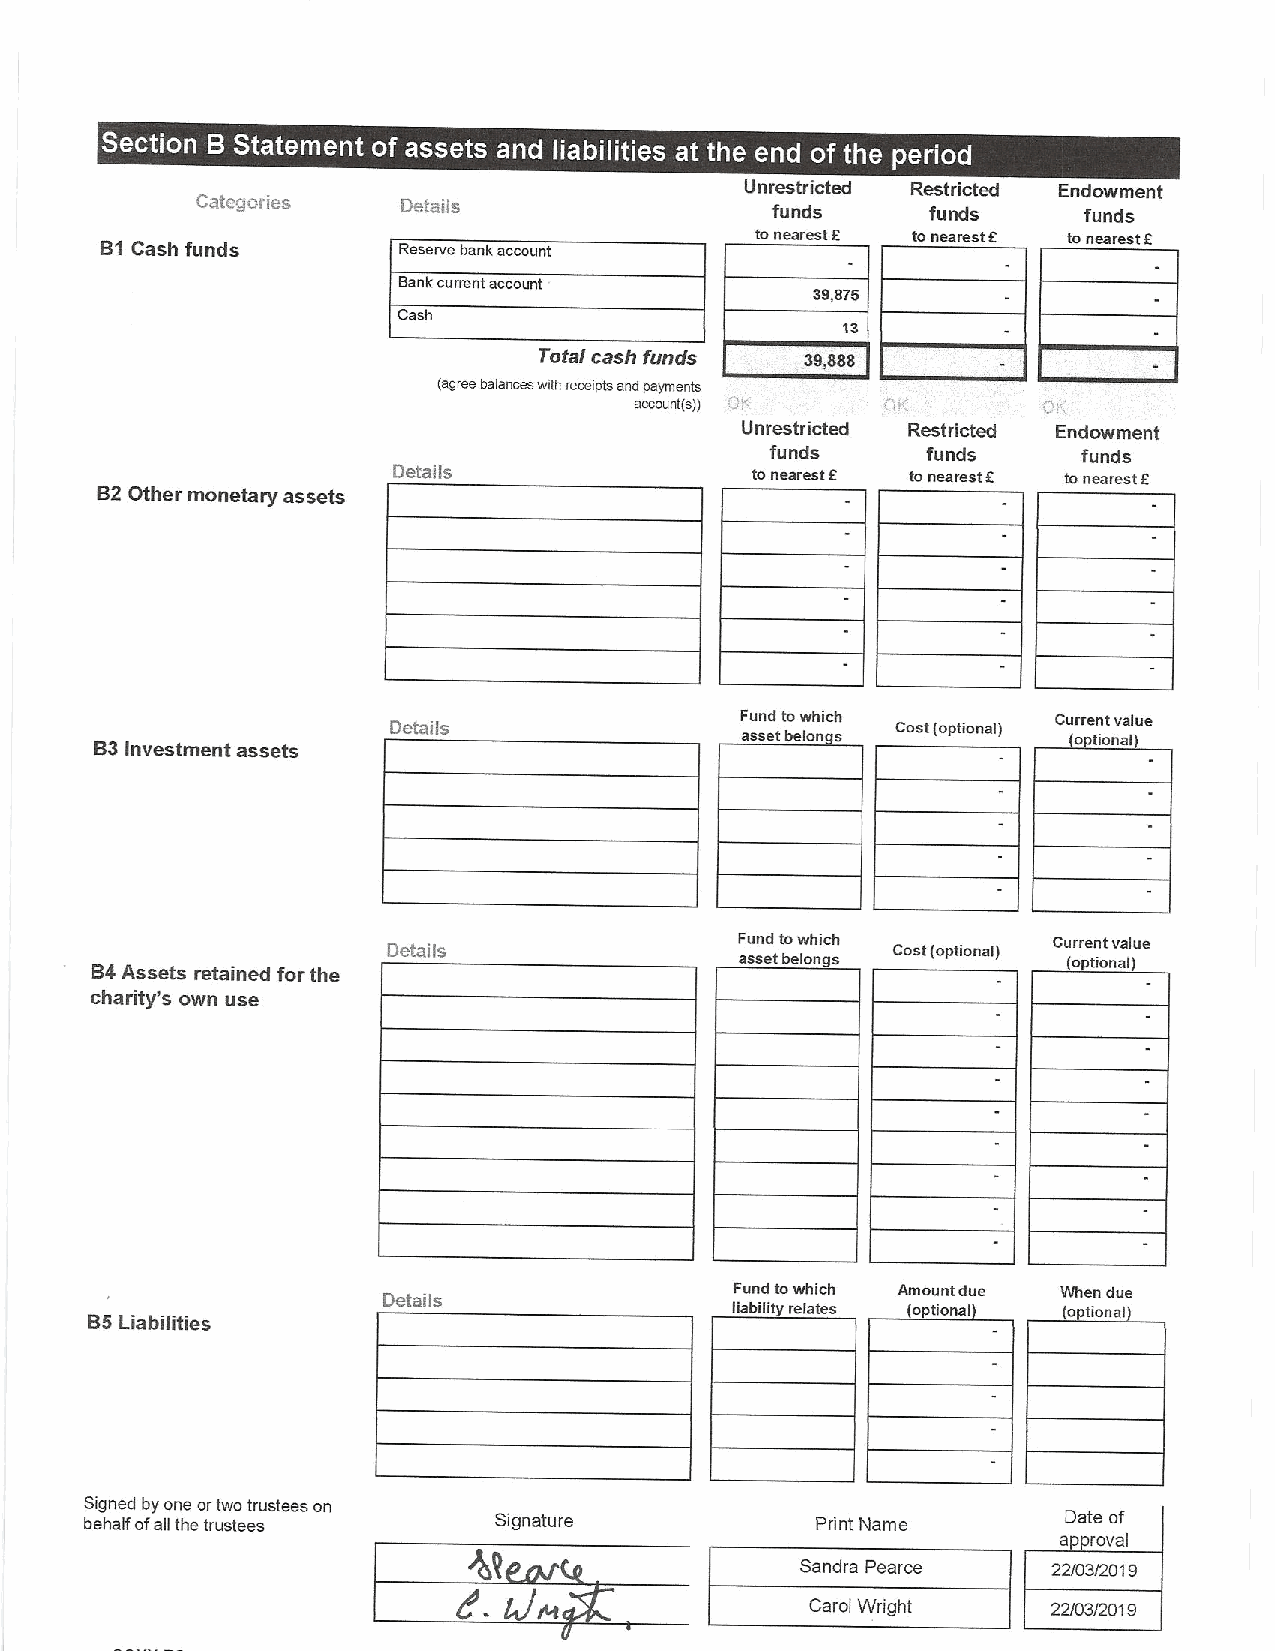
~   ~            ~ ~    ~   ~ ~
 Unrestricted Restricted Endowment
 Categories    Details                 funds      funds     funds
 lonearest 5 lo nearest a tonearest a
 B1Cash funds       Reserve bank account
 Bank current account
 39,975
 Cash
 13
 Total cash funds 39,888
 (sorss bsisccss verb receipts scd psymeois
 sccouoi(s/)
 Unrestricted Restricted Endowment
 fullds    funds      funds
 Details                 lo nearest 9 to ooarestK ionearest 5
 B2Other monetary assets
 B3Investment assets
 Details                F au sn sed tl bo ew loh oich s Cost (optional) Cur 0ren ut (cov aa llue
 B4Assets retained for the
 Details                F au sn sed tl bo ew loh ni gch
 s
 Cost(opiioosl) Cu (r or pe tn it onv aa l)lue
 charity's own use
 Details                 Fund lowhich Amount duo When due
 B5Liabilities                             liability relates (optional (o tiooal
 Signed by one orlwo trustees on
 behalf ofall the trustees  Signature            Print Name       Date of
 approval
 Sandra Pearce    22/03/201 9
 Carol Wright    22/03/201 9